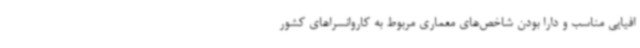
افیایی مناسب و دارا بودن شاخص‌های معماری مربوط به کاروانسراهای کشور